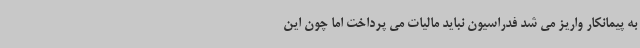
به پیمانکار واریز می شد فدراسیون نباید مالیات می پرداخت اما چون این